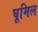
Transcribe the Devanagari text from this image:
घूमिल